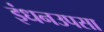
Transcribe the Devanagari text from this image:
इंधनउपसा